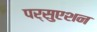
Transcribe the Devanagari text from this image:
पर्सुएशन